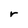
Character: r